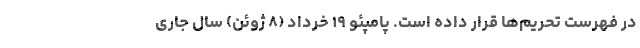
در فهرست تحریم‌ها قرار داده است. پامپئو ۱۹ خرداد (۸ ژوئن) سال جاری